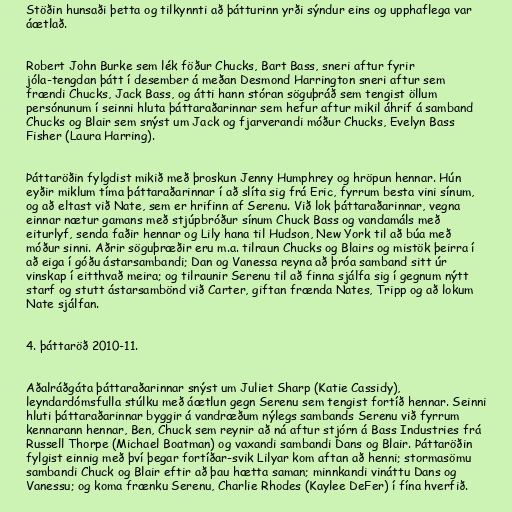
Stöðin hunsaði þetta og tilkynnti að þátturinn yrði sýndur eins og upphaflega var
áætlað.

Robert John Burke sem lék föður Chucks, Bart Bass, sneri aftur fyrir
jóla-tengdan þátt í desember á meðan Desmond Harrington sneri aftur sem
frændi Chucks, Jack Bass, og átti hann stóran söguþráð sem tengist öllum
persónunum í seinni hluta þáttaraðarinnar sem hefur aftur mikil áhrif á samband
Chucks og Blair sem snýst um Jack og fjarverandi móður Chucks, Evelyn Bass
Fisher (Laura Harring).

Þáttaröðin fylgdist mikið með þroskun Jenny Humphrey og hröpun hennar. Hún
eyðir miklum tíma þáttaraðarinnar í að slíta sig frá Eric, fyrrum besta vini sínum,
og að eltast við Nate, sem er hrifinn af Serenu. Við lok þáttaraðarinnar, vegna
einnar nætur gamans með stjúpbróður sínum Chuck Bass og vandamáls með
eiturlyf, senda faðir hennar og Lily hana til Hudson, New York til að búa með
móður sinni. Aðrir söguþræðir eru m.a. tilraun Chucks og Blairs og mistök þeirra í
að eiga í góðu ástarsambandi; Dan og Vanessa reyna að þróa samband sitt úr
vinskap í eitthvað meira; og tilraunir Serenu til að finna sjálfa sig í gegnum nýtt
starf og stutt ástarsambönd við Carter, giftan frænda Nates, Tripp og að lokum
Nate sjálfan.

4. þáttaröð 2010-11.

Aðalráðgáta þáttaraðarinnar snýst um Juliet Sharp (Katie Cassidy),
leyndardómsfulla stúlku með áætlun gegn Serenu sem tengist fortíð hennar. Seinni
hluti þáttaraðarinnar byggir á vandræðum nýlegs sambands Serenu við fyrrum
kennarann hennar, Ben, Chuck sem reynir að ná aftur stjórn á Bass Industries frá
Russell Thorpe (Michael Boatman) og vaxandi sambandi Dans og Blair. Þáttaröðin
fylgist einnig með því þegar fortíðar-svik Lilyar kom aftan að henni; stormasömu
sambandi Chuck og Blair eftir að þau hætta saman; minnkandi vináttu Dans og
Vanessu; og koma frænku Serenu, Charlie Rhodes (Kaylee DeFer) í fína hverfið.